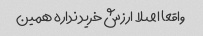
واقعا اصلا ارزش خرید نداره همین